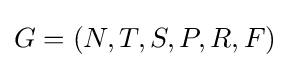
G=(N,T,S,P,R,F)